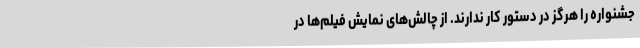
جشنواره را هرگز در دستور کار ندارند. از چالش‌های نمایش فیلم‌ها در